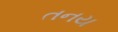
તનય